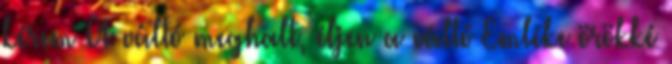
kérem A váltó meghalt, éljen a váltó Emléke örökké